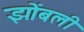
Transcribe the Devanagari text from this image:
झोंबली